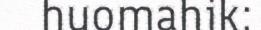
huomahik: